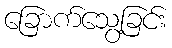
ခြောက်သွေ့ခြင်း